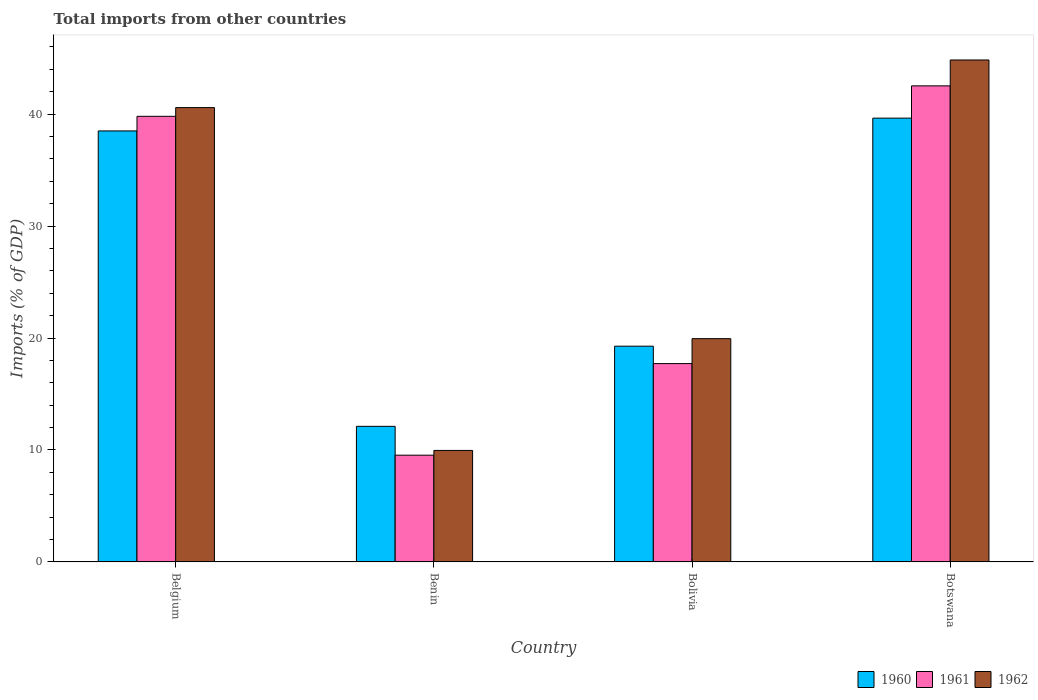
| Country | 1960 | 1961 | 1962 |
 | --- | --- | --- | --- |
 | Belgium | 38.5 | 39.8 | 40.6 |
 | Benin | 12.1 | 9.53 | 9.96 |
 | Bolivia | 19.3 | 17.7 | 19.9 |
 | Botswana | 39.6 | 42.5 | 44.8 |